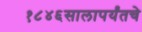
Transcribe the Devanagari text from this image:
१८४६सालापर्यंतचे